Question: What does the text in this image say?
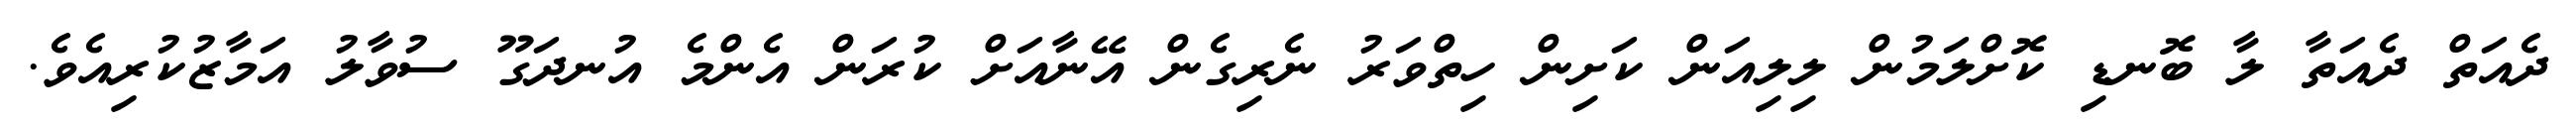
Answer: ދެއަތް ދެއަތާ ލާ ބޮނޑި ކޮށްލަމުން ލިލިއަން ކަށިން ހިތްވަރު ނެރިގެން އޭނާއަށް ކުރަން އެންމެ އުނދަގޫ ސުވާލު އަމާޒުކުރިއެވެ.